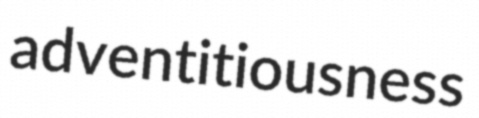
adventitiousness